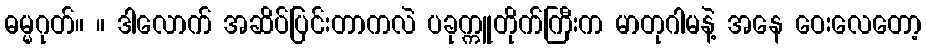
ဓမ္မဂုတ်။ ။ ဒါလောက် အဆိပ်ပြင်းတာကလဲ ပခုက္ကူတိုက်ကြီးက မာတုဂါမနဲ့ အနေ ဝေးလေတော့